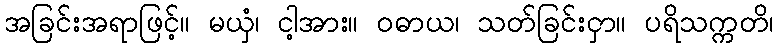
အခြင်းအရာဖြင့်။ မယှံ၊ ငါ့အား။ ဝဓာယ၊ သတ်ခြင်းငှာ။ ပရိသက္ကတိ၊